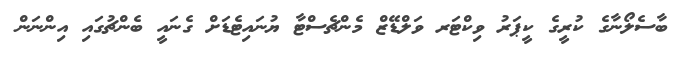
ބާސެލޯނާގެ ކުރީގެ ކީޕަރު ވިކްޓަރ ވަލްޑޭޒް މެންޗެސްޓާ ޔުނައިޓެޑަށް ގެނައީ ބެންޗުގައި އިންނަން